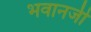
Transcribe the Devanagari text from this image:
भवानजी